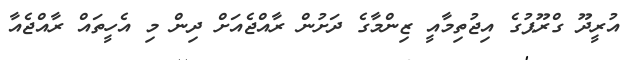
އުރީދޫ ގްރޫޕުގެ އިޖުތިމާއީ ޒިންމާގެ ދަށުން ރާއްޖެއަށް ދިން މި އެހީތައް ރާއްޖެއާ